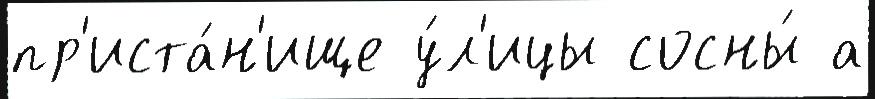
пр'иста́н'ище у́л'ицы сосны́ а